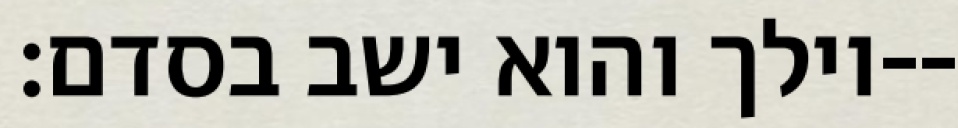
וילך והוא ישב בסדם׃--